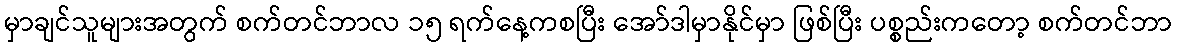
မှာချင်သူများအတွက် စက်တင်ဘာလ ၁၅ ရက်နေ့ကစပြီး အော်ဒါမှာနိုင်မှာ ဖြစ်ပြီး ပစ္စည်းကတော့ စက်တင်ဘာ